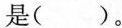
是()。